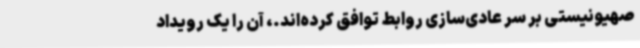
صهیونیستی بر سر عادی‌سازی روابط توافق کرده‌اند.، آن را یک رویداد